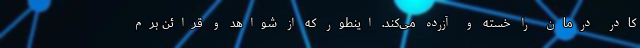
کادر درمان را خسته و آزرده می‌کند. اینطور که از شواهد و قرائن برم